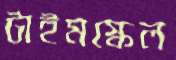
টাইমস্কেল